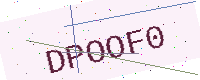
Text: DPOOF0